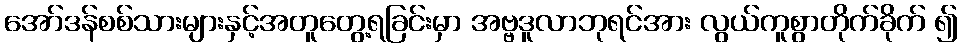
အော်ဒန်စစ်သားများနှင့်အတူတွေ့ရခြင်းမှာ အဗ္ဗဒူလာဘုရင်အား လွယ်ကူစွာတိုက်ခိုက် ၍